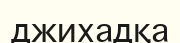
джихадқа